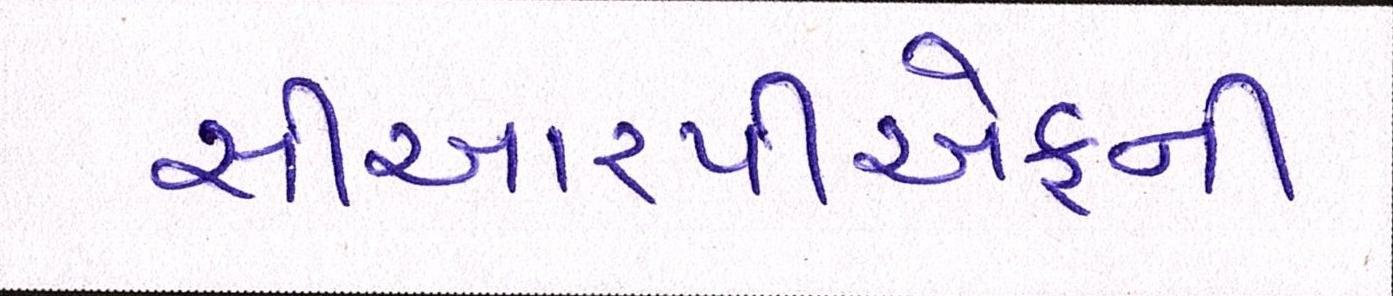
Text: સીઆરપીએફની